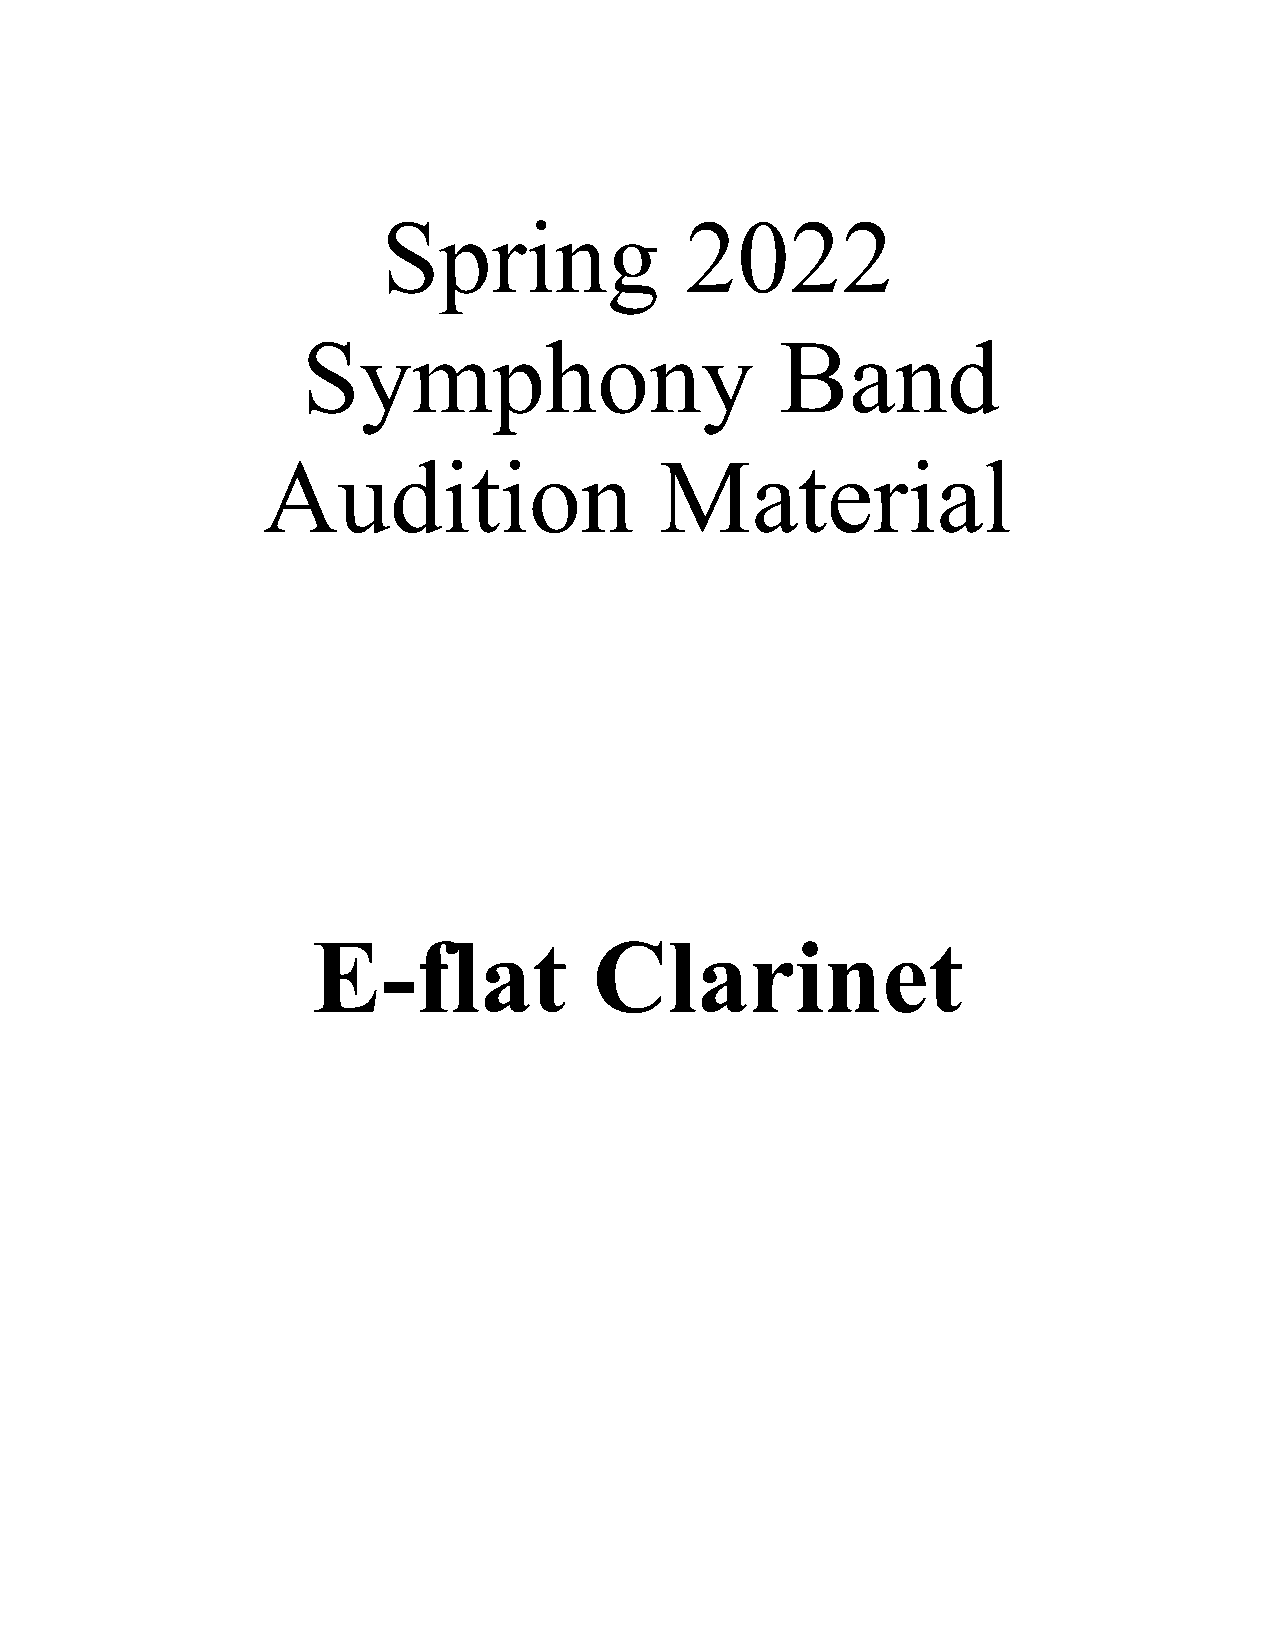
Spring              2022
 Symphony                        Band
 Audition                   Material
 E-flat            Clarinet